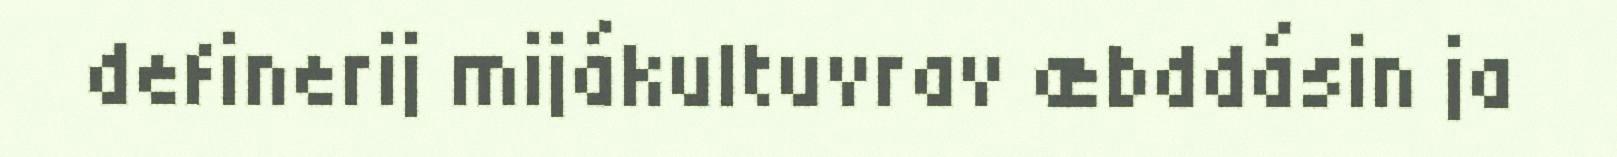
definerij mijákultuvrav æbddásin ja